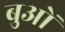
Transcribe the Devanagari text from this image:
बुओं